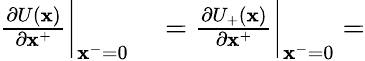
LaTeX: \begin{array}{rl}{\frac{\partial U(\mathbf{x})}{\partial\mathbf{x}^{+}}\bigg|_{\mathbf{x}^{-}=0}}&{{}=\frac{\partial U_{+}(\mathbf{x})}{\partial\mathbf{x}^{+}}\bigg|_{\mathbf{x}^{-}=0}=}\end{array}